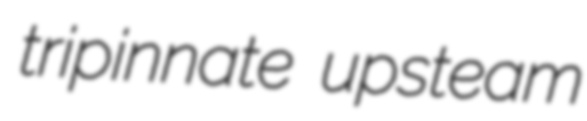
tripinnate upsteam